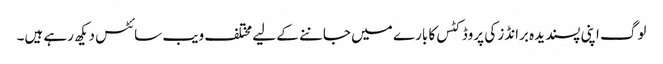
لوگ اپنی پسندیدہ برانڈز کی پروڈکٹس کا بارے میں جاننے کے لیے مختلف ویب سائٹس دیکھ رہے ہیں۔